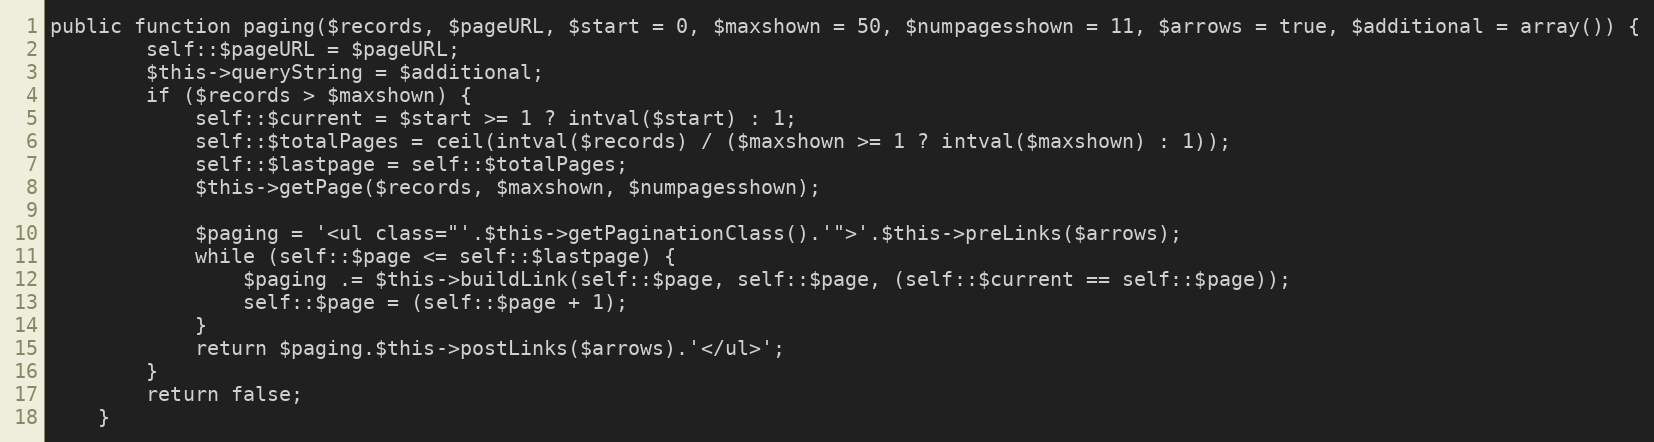
Language: PHP
public function paging($records, $pageURL, $start = 0, $maxshown = 50, $numpagesshown = 11, $arrows = true, $additional = array()) {
        self::$pageURL = $pageURL;
        $this->queryString = $additional;
        if ($records > $maxshown) {
            self::$current = $start >= 1 ? intval($start) : 1;
            self::$totalPages = ceil(intval($records) / ($maxshown >= 1 ? intval($maxshown) : 1));
            self::$lastpage = self::$totalPages;
            $this->getPage($records, $maxshown, $numpagesshown);

            $paging = '<ul class="'.$this->getPaginationClass().'">'.$this->preLinks($arrows);
            while (self::$page <= self::$lastpage) {
                $paging .= $this->buildLink(self::$page, self::$page, (self::$current == self::$page));
                self::$page = (self::$page + 1);
            }
            return $paging.$this->postLinks($arrows).'</ul>';
        }
        return false;
    }